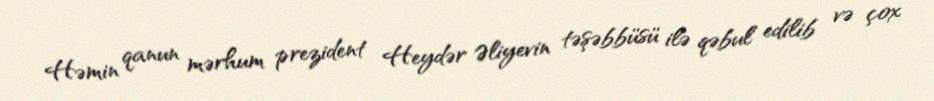
Həmin qanun mərhum prezident Heydər Əliyevin təşəbbüsü ilə qəbul edilib və çox